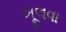
ખૂલવા